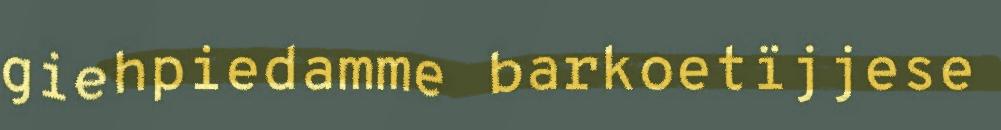
giehpiedamme barkoetïjjese